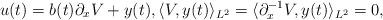
LaTeX: \begin{align*}u(t) = b(t) \partial_x V + y(t), \langle V, y(t) \rangle_{L^2} = \langle \partial_x^{-1} V, y(t) \rangle_{L^2} = 0,\end{align*}